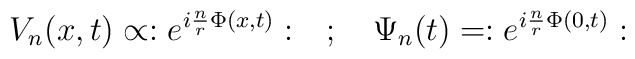
V_{n}(x,t)\propto :e^{i\frac{n}{r}\Phi (x,t)}:\quad ;\quad \Psi _{n}(t)=:e^{i\frac{n}{r}\Phi (0,t)}: